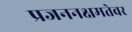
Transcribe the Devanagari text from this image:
प्रजननक्षमतेवर